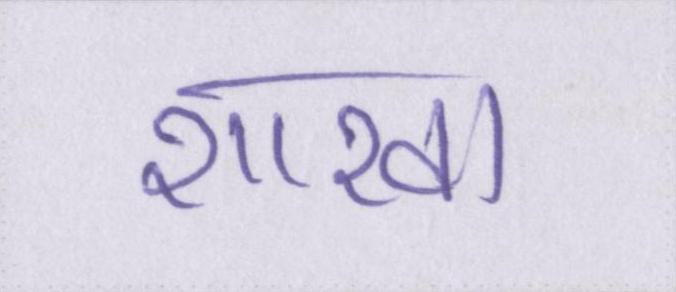
शाखा